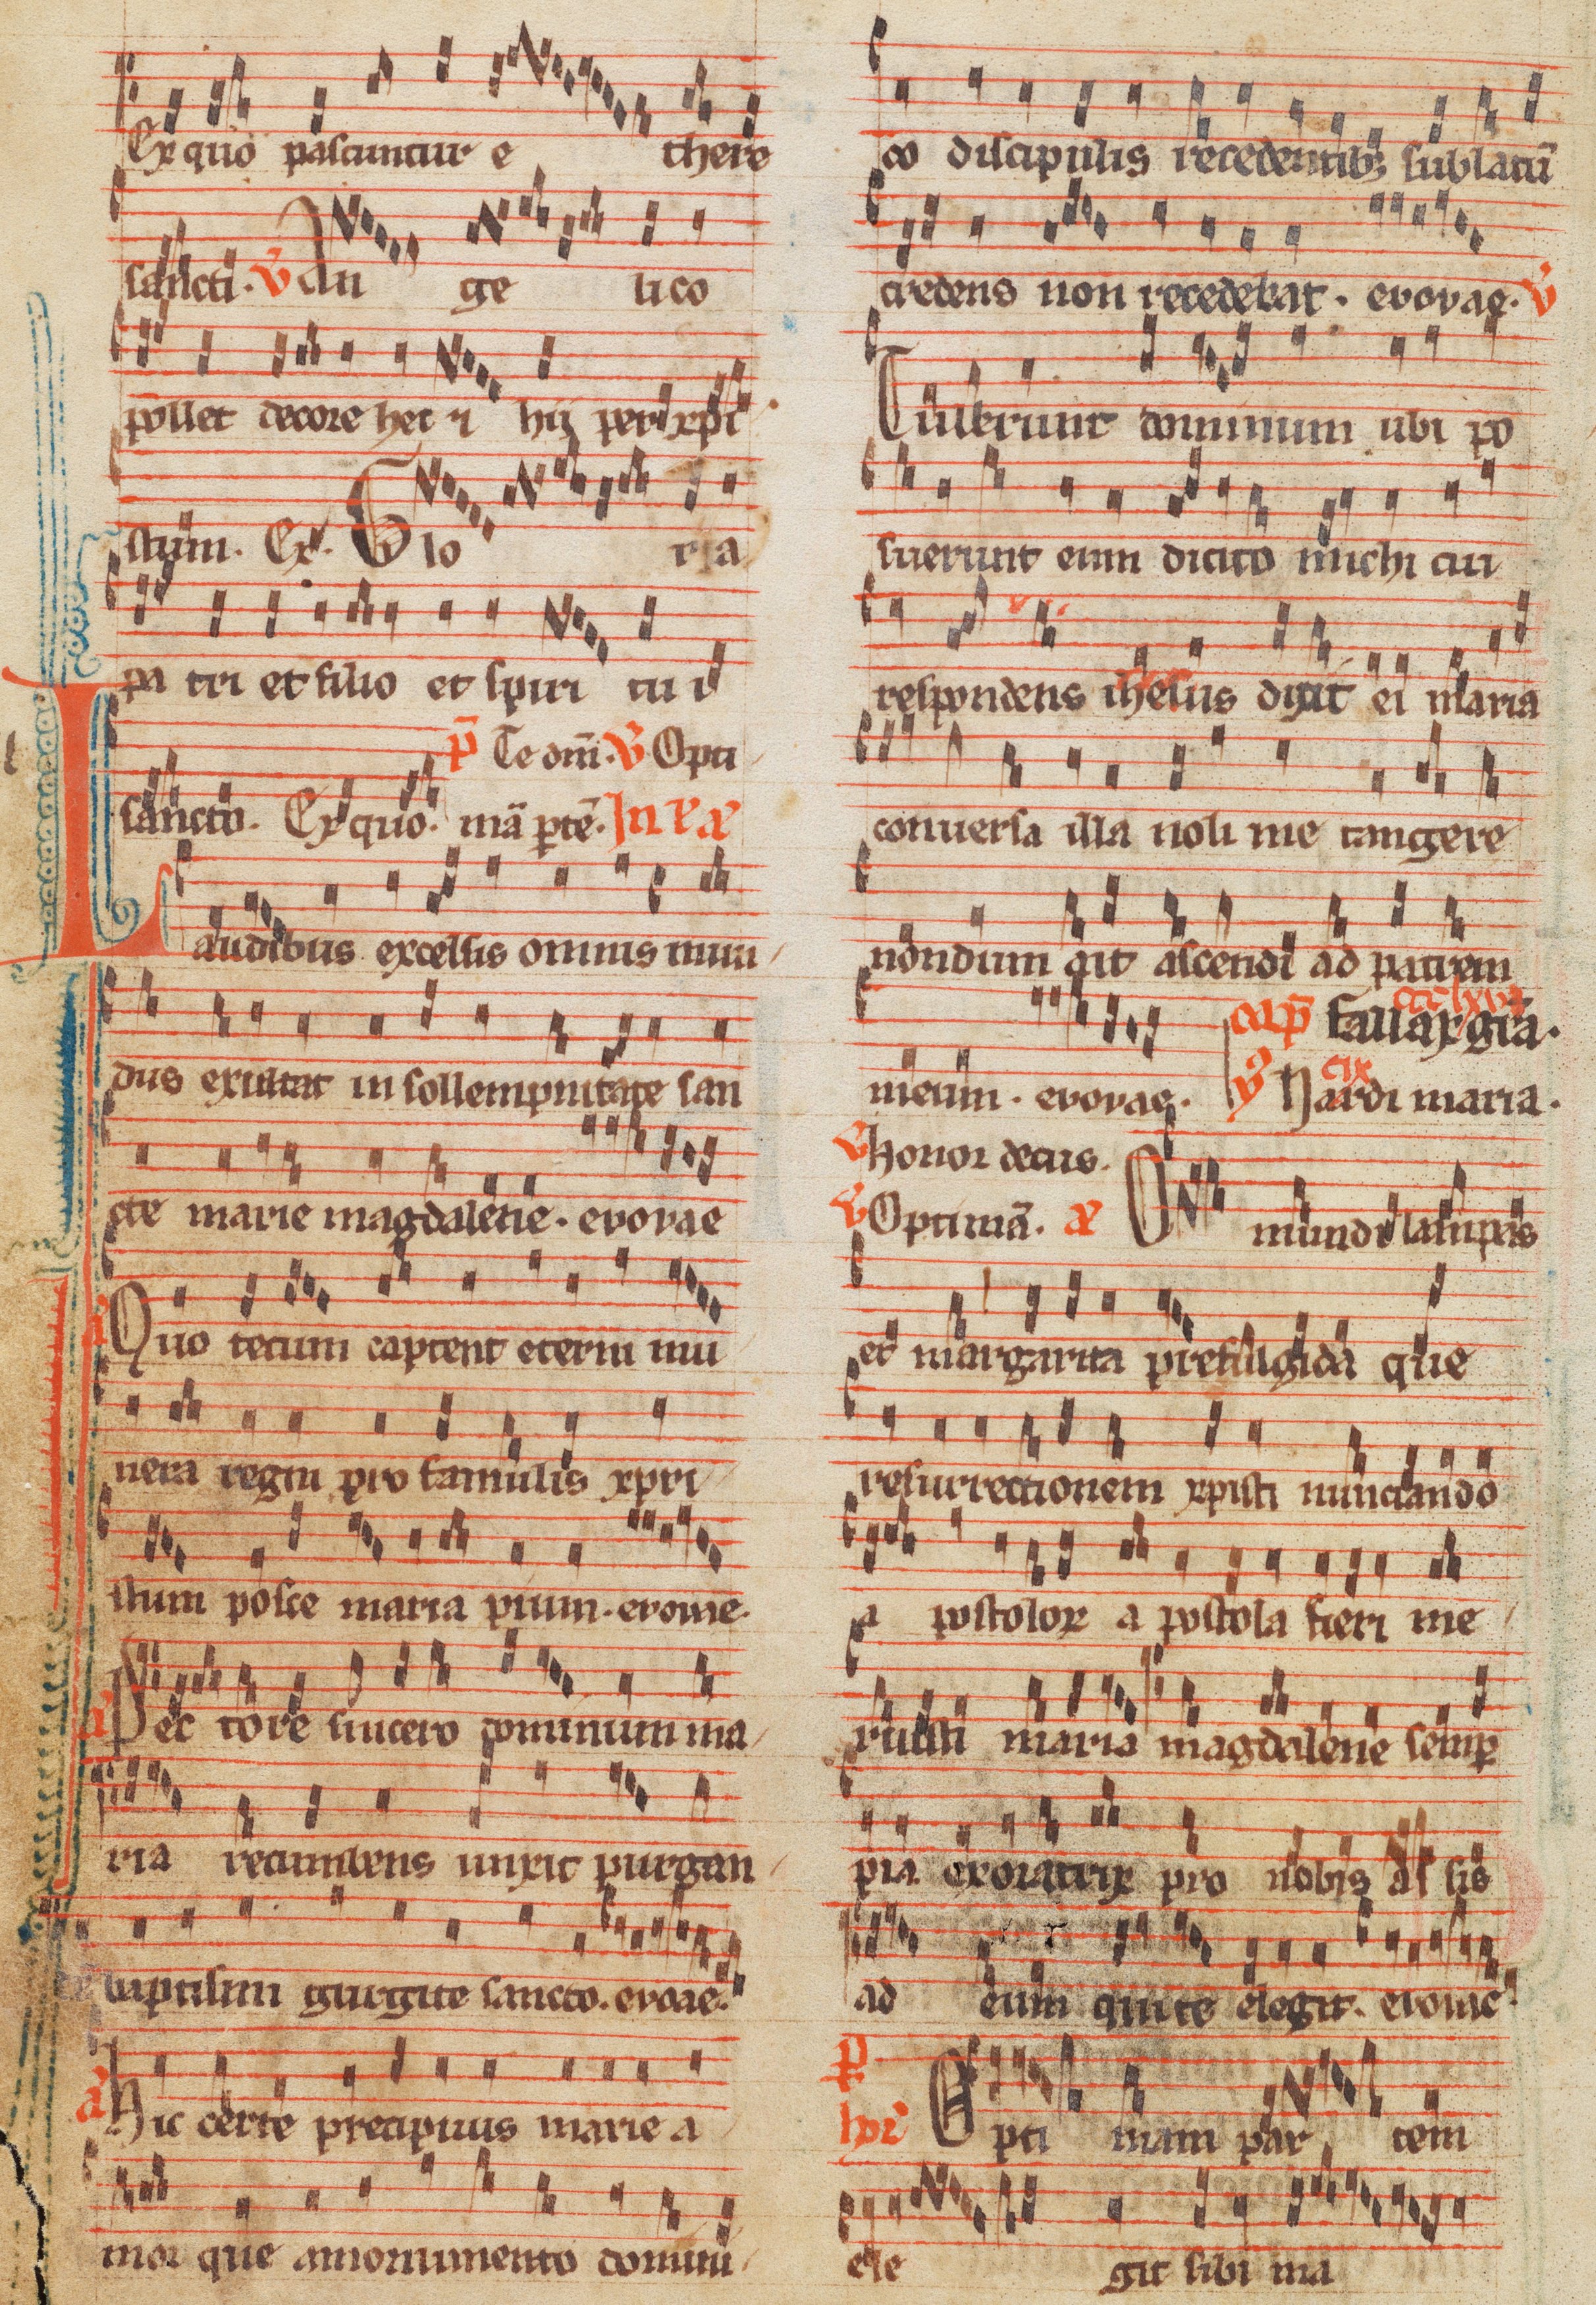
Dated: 1285–1315